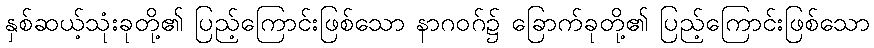
နှစ်ဆယ့်သုံးခုတို့၏ ပြည့်ကြောင်းဖြစ်သော နာဂဝဂ်၌ ခြောက်ခုတို့၏ ပြည့်ကြောင်းဖြစ်သော